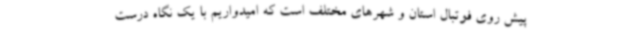
پیش روی فوتبال استان و شهرهای مختلف است که امیدواریم با یک نگاه درست